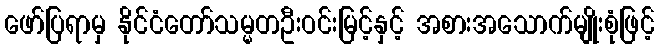
ဖော်ပြရာမှ နိုင်ငံတော်သမ္မတဦးဝင်းမြင့်နှင့် အစားအသောက်မျိုးစုံဖြင့်